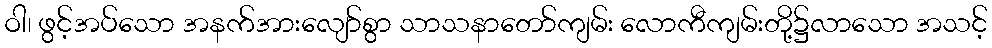
ဝါ၊ ဖွင့်အပ်သော အနက်အားလျော်စွာ သာသနာတော်ကျမ်း လောကီကျမ်းတို့၌လာသော အသင့်